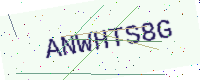
Text: ANWHTS8G